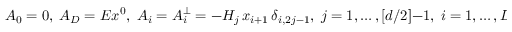
A _ { 0 } = 0 , \; A _ { D } = E x ^ { 0 } , \; A _ { i } = A _ { i } ^ { \perp } = - H _ { j } \, x _ { i + 1 } \, \delta _ { i , 2 j - 1 } , \; j = 1 , \ldots , [ d / 2 ] - 1 , \; i = 1 , \ldots , D - 1 .